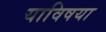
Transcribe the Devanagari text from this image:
याविषया